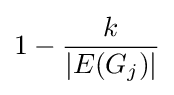
1-{\frac {k}{|E(G_{j})|}}